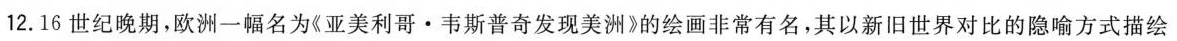
12.16世纪晚期，欧洲一幅名为《亚美利哥·韦斯普奇发现美洲》的绘画非常有名，其以新旧世界对比的隐喻方式描绘